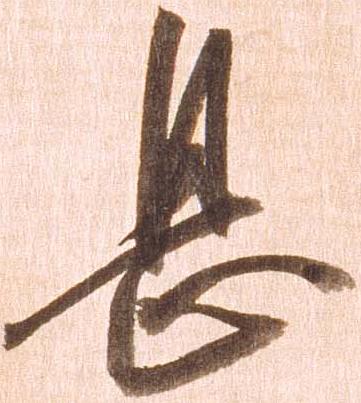
息